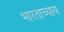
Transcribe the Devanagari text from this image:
भारताच्याय